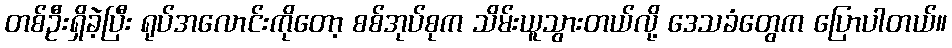
တစ်ဦးရှိခဲ့ပြီး ရုပ်အလောင်းကိုတော့ စစ်အုပ်စုက သိမ်းယူသွားတယ်လို့ ဒေသခံတွေက ပြောပါတယ်။